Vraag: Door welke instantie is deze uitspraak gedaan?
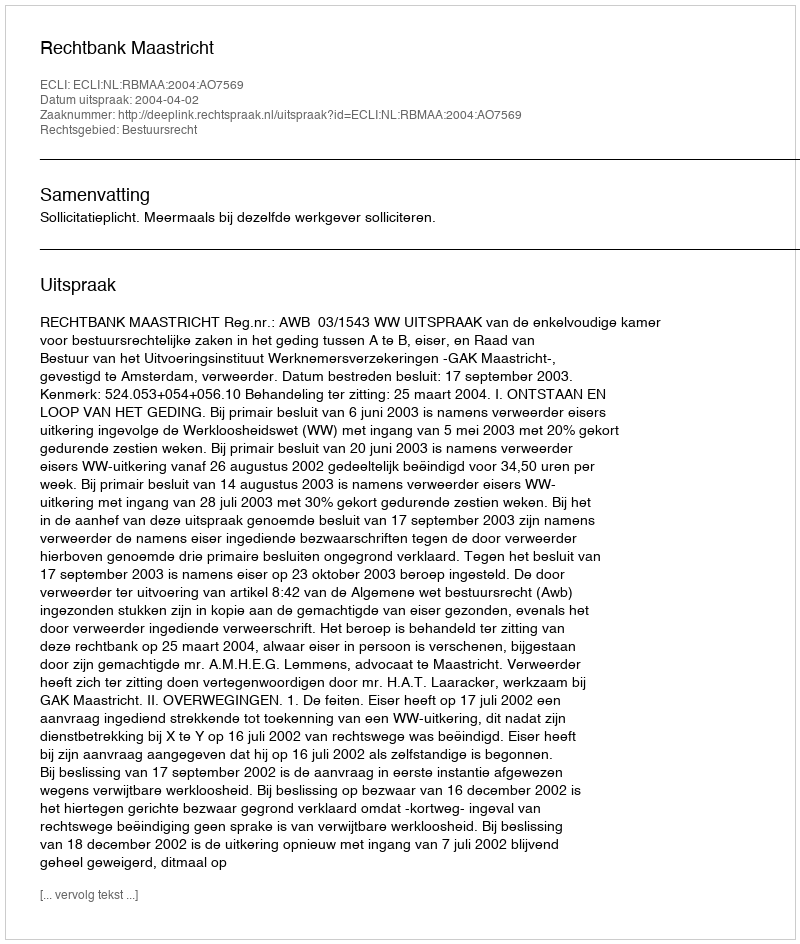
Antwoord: Rechtbank Maastricht